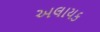
અલાયક